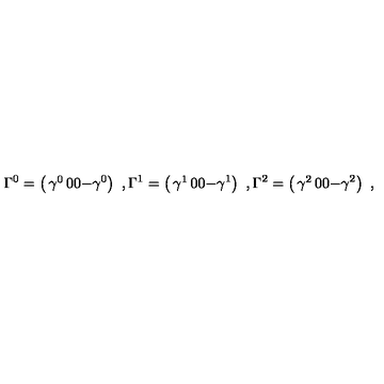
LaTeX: \Gamma ^ { 0 } = \left( \begin{matrix} { \gamma ^ { 0 } } & { 0 } \\ { 0 } & { - \gamma ^ { 0 } } \\ \end{matrix} \right) \ , \Gamma ^ { 1 } = \left( \begin{matrix} { \gamma ^ { 1 } } & { 0 } \\ { 0 } & { - \gamma ^ { 1 } } \\ \end{matrix} \right) \ , \Gamma ^ { 2 } = \left( \begin{matrix} { \gamma ^ { 2 } } & { 0 } \\ { 0 } & { - \gamma ^ { 2 } } \\ \end{matrix} \right) \ ,